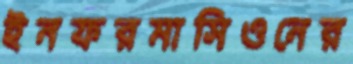
ইনফরমাসিওনের